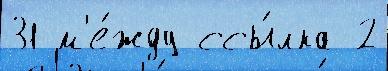
31 м'е́жду ссы́лка 2